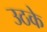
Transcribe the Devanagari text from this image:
उठके